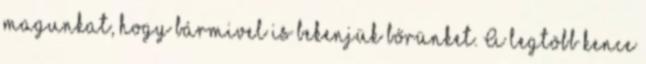
magunkat, hogy bármivel is bekenjük bőrünket. A legtöbb kence